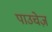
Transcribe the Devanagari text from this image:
पाउचेज़